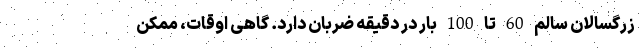
زرگسالان سالم 60 تا 100 بار در دقیقه ضربان دارد. گاهی اوقات، ممکن